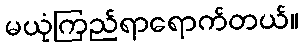
မယုံကြည်ရာရောက်တယ်။